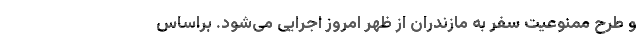
و طرح ممنوعیت سفر به مازندران از ظهر امروز اجرایی می‌شود. ‌براساس